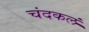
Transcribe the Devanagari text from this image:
चंदकलं